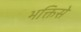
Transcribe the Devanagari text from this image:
भक्तिसे